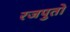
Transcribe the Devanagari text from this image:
रजपुतो